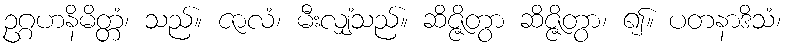
ဥဂ္ဂဟနိမိတ္တံ၊ သည်။ ဇာလံ၊ မီးလျှံသည်။ ဆိဇ္ဇိတွာ ဆိဇ္ဇိတွာ၊ ၍။ ပတနာဒိသံ၊